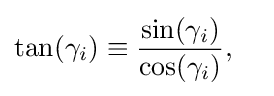
{\begin{aligned}\tan(\gamma _{i})&\equiv {\frac {\sin(\gamma _{i})}{\cos(\gamma _{i})}},\end{aligned}}